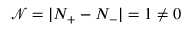
\mathcal N = \lvert N _ { + } - N _ { - } \rvert = 1 \neq 0